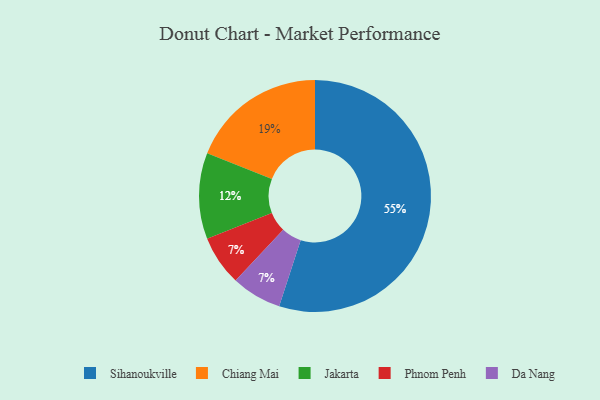
{"axis": {"x": "Category", "y": "Percentage"}, "legend": ["Chiang Mai", "Da Nang", "Jakarta", "Phnom Penh", "Sihanoukville"], "data": [{"x": "Phnom Penh", "y": 7, "type": "Phnom Penh"}, {"x": "Sihanoukville", "y": 55, "type": "Sihanoukville"}, {"x": "Jakarta", "y": 12, "type": "Jakarta"}, {"x": "Chiang Mai", "y": 19, "type": "Chiang Mai"}, {"x": "Da Nang", "y": 7, "type": "Da Nang"}]}